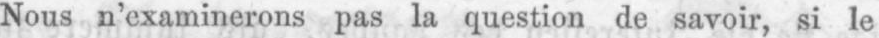
Nous n’examinerons pas la question de savoir, si le